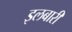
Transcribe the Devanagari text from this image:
इलबारी